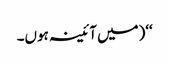
‘‘(میں آئینہ ہوں۔